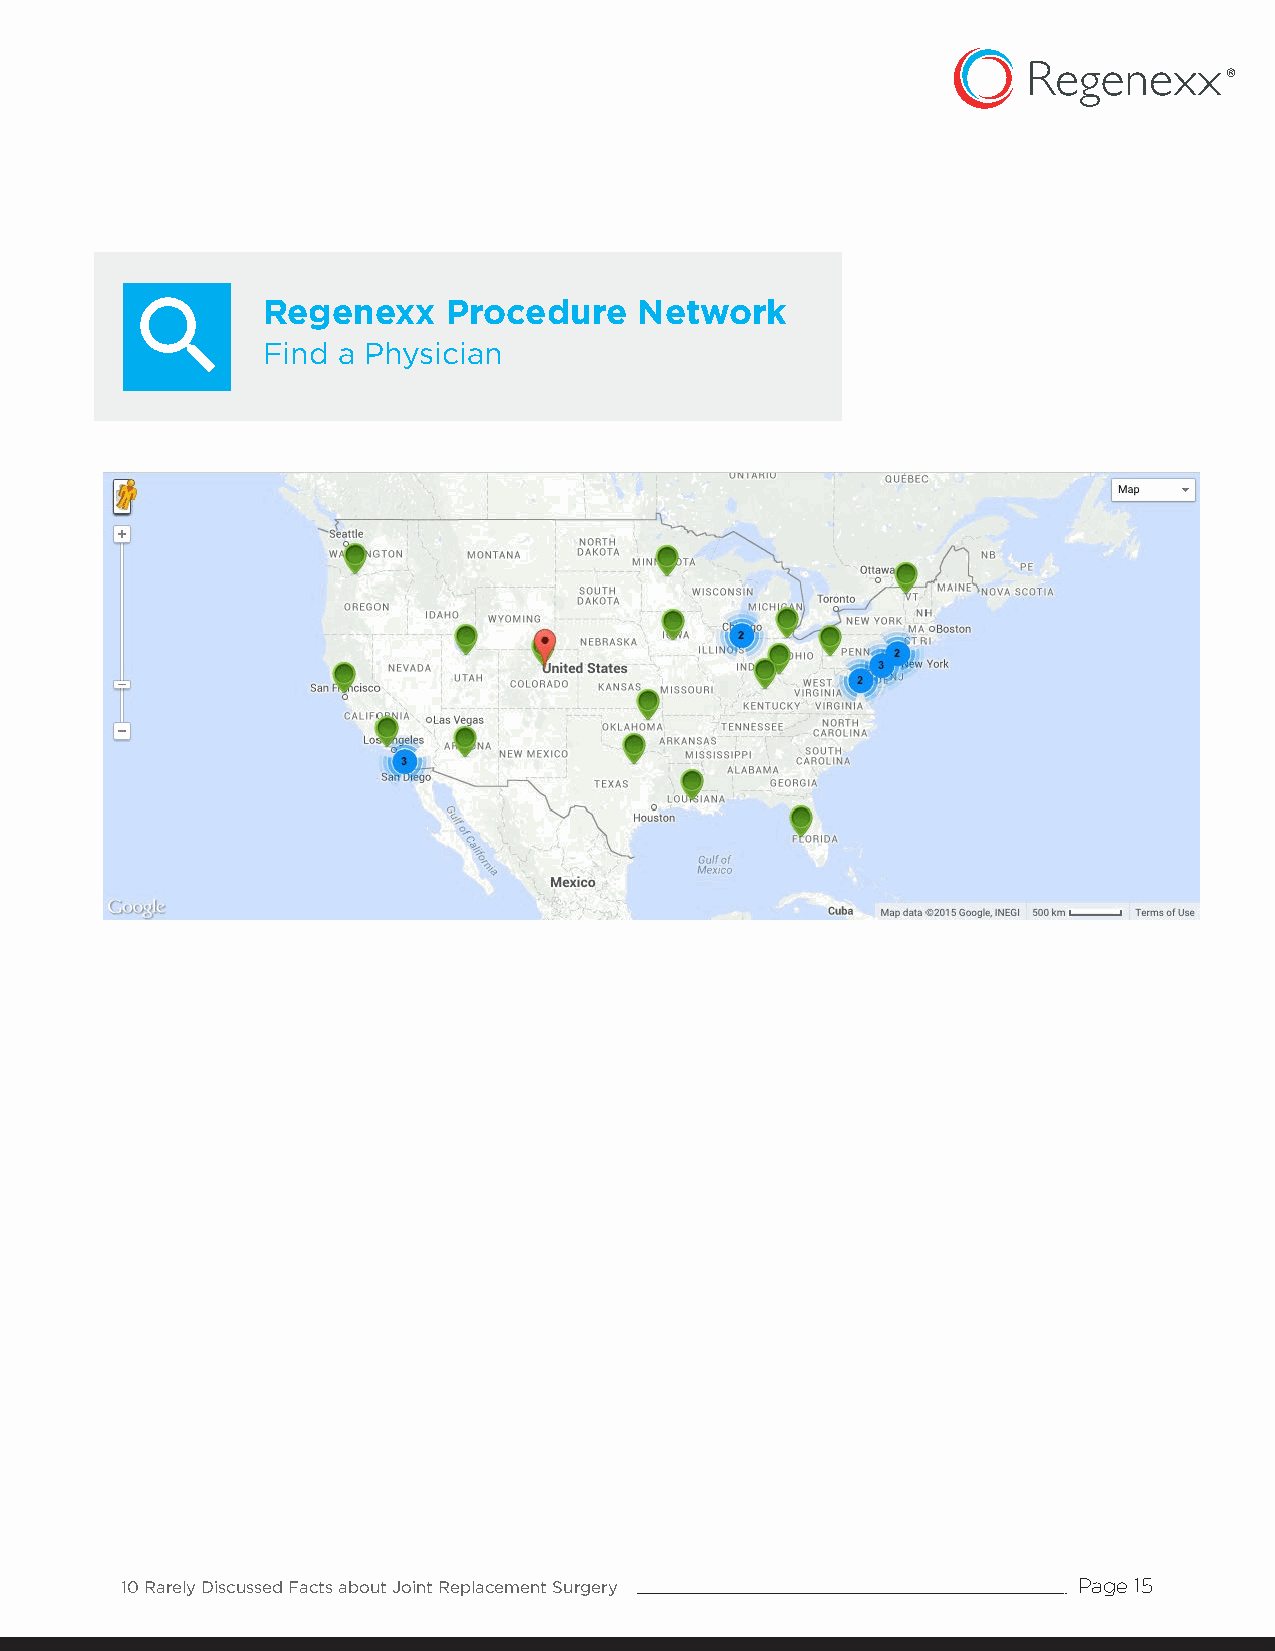
Regenexx     Procedure   Network
 Find a Physician
 10 Rarely Discussed Facts about Joint Replacement Surgery      Page 15